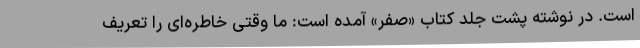
است. در نوشته پشت‌ جلد کتاب «صفر» آمده است: ما وقتی خاطره‌ای را تعریف